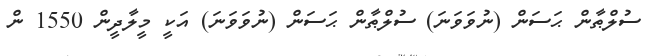
ސުލްޠާން ޙަސަން (ނުވަވަނަ) ސުލްޠާން ޙަސަން (ނުވަވަނަ) އަކީ މީލާދީން 1550 ން